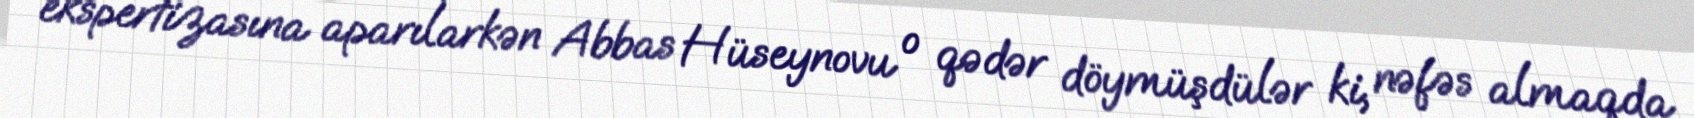
ekspertizasına aparılarkən Abbas Hüseynovu o qədər döymüşdülər ki, nəfəs almaqda